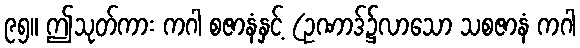
၉၅။ ဤသုတ်ကား ကဂါ စဇာနံနှင့် (ဥဏာဒ်၌လာသော သစဇာနံ ကဂါ